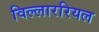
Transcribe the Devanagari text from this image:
विल्लाररियल